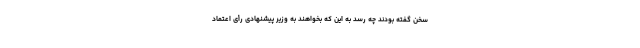
سخن گفته بودند چه رسد به این که بخواهند به وزیر پیشنهادی رأی اعتماد